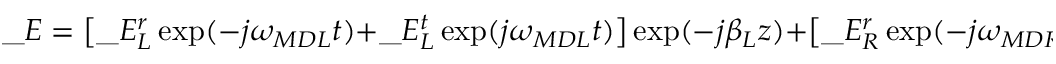
\_ E = \big [ \_ E _ { \/ L } ^ { r } \exp ( - j \omega _ { \/ { M D L } } t ) + \_ E _ { \/ L } ^ { t } \exp ( j \omega _ { \/ { M D L } } t ) \big ] \exp ( - j \beta _ { \/ L } z ) + \big [ \_ E _ { \/ R } ^ { r } \exp ( - j \omega _ { \/ { M D R } } t ) + \_ E _ { \/ R } ^ { t } \exp ( j \omega _ { \/ { M D R } } t ) \big ] \exp ( - j \beta _ { \/ R } z )